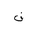
Letter: _fa